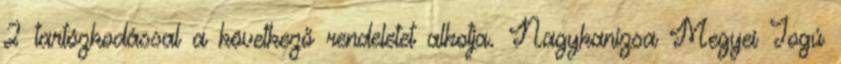
2 tartózkodással a következő rendeletet alkotja. Nagykanizsa Megyei Jogú